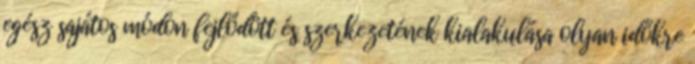
egész sajátos módon fejlődött és szerkezetének kialakulása olyan időkre